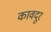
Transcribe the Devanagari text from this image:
कावदूर